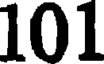
101